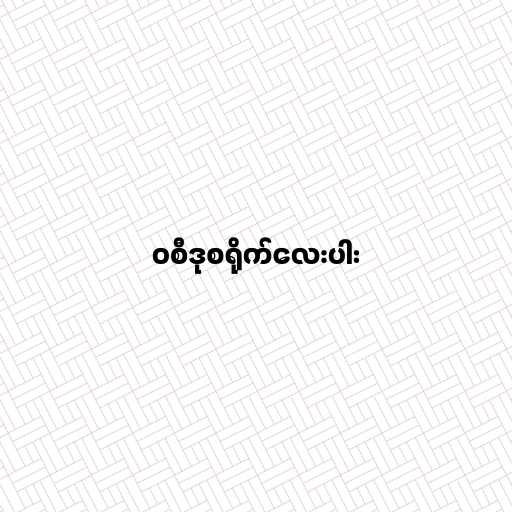
၀စီဒုစရိုက်လေးပါး